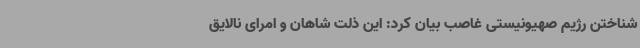
شناختن رژیم صهیونیستی غاصب بیان کرد: این ذلت شاهان و امرای نالایق